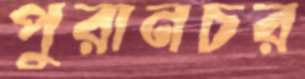
পুরানচর